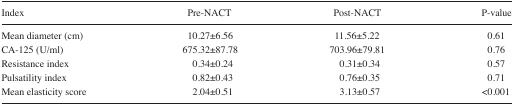
| Index | Pre-NACT | Post-NACT | P-value |
 | --- | --- | --- | --- |
 | Mean diameter (cm) | 10.27±6.56 | 11.56±5.22 | 0.61 |
 | CA-125 (U/ml) | 675.32±87.78 | 703.96±79.81 | 0.76 |
 | Resistance index | 0.34±0.24 | 0.31±0.34 | 0.57 |
 | Pulsatility index | 0.82±0.43 | 0.76±0.35 | 0.71 |
 | Mean elasticity score | 2.04±0.51 | 3.13±0.57 | <0.001 |